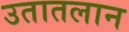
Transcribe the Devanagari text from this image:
उतातलान